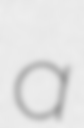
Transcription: a